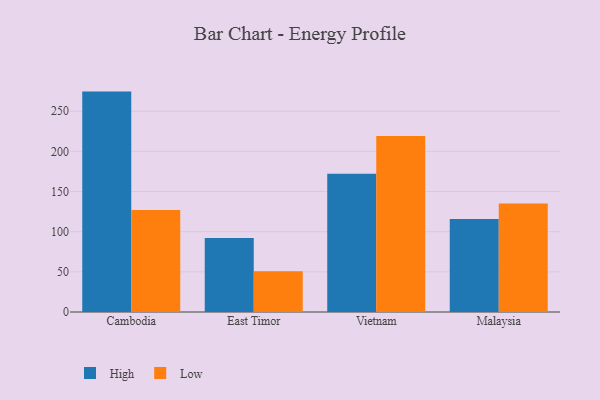
{"axis": {"x": "Country", "y": "Revenue (USD Million)"}, "legend": ["High", "Low"], "data": [{"x": "Cambodia", "y": 274.4, "type": "High"}, {"x": "Cambodia", "y": 127.1, "type": "Low"}, {"x": "East Timor", "y": 92.0, "type": "High"}, {"x": "East Timor", "y": 50.6, "type": "Low"}, {"x": "Vietnam", "y": 172.0, "type": "High"}, {"x": "Vietnam", "y": 219.0, "type": "Low"}, {"x": "Malaysia", "y": 115.7, "type": "High"}, {"x": "Malaysia", "y": 135.2, "type": "Low"}]}